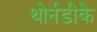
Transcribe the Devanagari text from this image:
थोर्नडीके